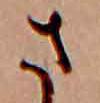
さ